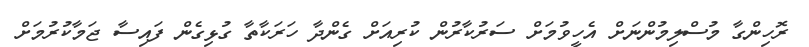
ރޮހިންގާ މުސްލިމުންނަށް އެހީވުމަށް ސަރުކާރުން ކުރިއަށް ގެންދާ ހަރަކާތާ ގުޅިގެން ފައިސާ ޖަމާކުރުމަށް